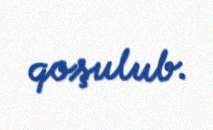
qoşulub.